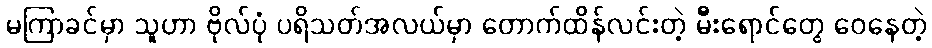
မကြာခင်မှာ သူဟာ ဗိုလ်ပုံ ပရိသတ်အလယ်မှာ တောက်ထိန်လင်းတဲ့ မီးရောင်တွေ ဝေနေတဲ့